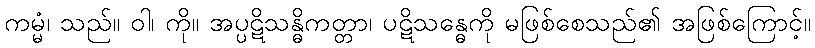
ကမ္မံ၊ သည်။ ဝါ၊ ကို။ အပ္ပဋိသန္ဓိကတ္တာ၊ ပဋိသန္ဓေကို မဖြစ်စေသည်၏ အဖြစ်ကြောင့်။